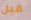
قبل